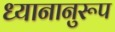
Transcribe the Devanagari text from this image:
ध्यानानुरूप